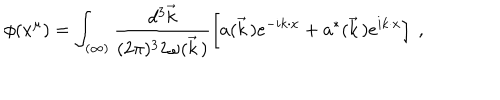
\phi ( x ^ { \mu } ) = \int _ { ( \infty ) } \frac { d ^ { 3 } \vec { k } } { ( 2 \pi ) ^ { 3 } 2 \omega ( \vec { k } \, ) } \left[ a ( \vec { k } \, ) e ^ { - i k \cdot x } + a ^ { * } ( \vec { k } \, ) e ^ { i k \cdot x } \right] \ ,